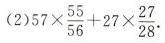
(2)$$5 7 \times \frac { 5 5 } { 5 6 } + 2 7 \times \frac { 2 7 } { 2 8 }$$